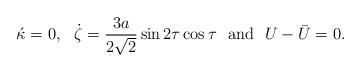
LaTeX: \begin{align*}\acute{\kappa} = 0,\,\,\,\, \dot{\zeta} =\frac{3a}{2\sqrt{2}}\sin2\tau\cos\tau \,\,\,\,\mbox{and}\,\,\,\, U- \bar{U} = 0.\end{align*}